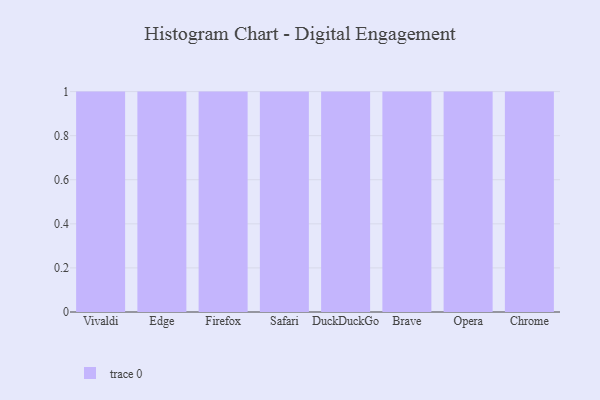
{"axis": {"x": "Browser", "y": "Demand Index"}, "legend": [""], "data": [{"x": "Vivaldi", "y": 36, "type": ""}, {"x": "Edge", "y": 24, "type": ""}, {"x": "Firefox", "y": 22, "type": ""}, {"x": "Safari", "y": 73, "type": ""}, {"x": "DuckDuckGo", "y": 26, "type": ""}, {"x": "Brave", "y": 19, "type": ""}, {"x": "Opera", "y": 61, "type": ""}, {"x": "Chrome", "y": 52, "type": ""}]}